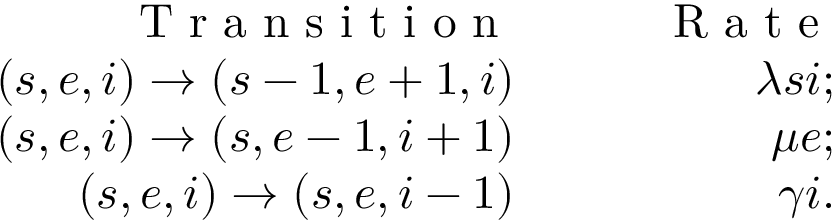
\begin{array} { r l r } { \mathrm { ~ T ~ r ~ a ~ n ~ s ~ i ~ t ~ i ~ o ~ n ~ } } & { { } \quad } & { \mathrm { ~ R ~ a ~ t ~ e ~ } } \\ { ( s , e , i ) \to ( s - 1 , e + 1 , i ) } & { { } \quad } & { \lambda s i ; } \\ { ( s , e , i ) \to ( s , e - 1 , i + 1 ) } & { { } \quad } & { \mu e ; } \\ { ( s , e , i ) \to ( s , e , i - 1 ) } & { { } \quad } & { \gamma i . } \end{array}